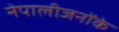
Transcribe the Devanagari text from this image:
नेपालीजनोंके